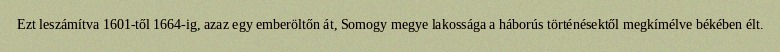
Ezt leszámítva 1601-től 1664-ig, azaz egy emberöltőn át, Somogy megye lakossága a háborús történésektől megkímélve békében élt.